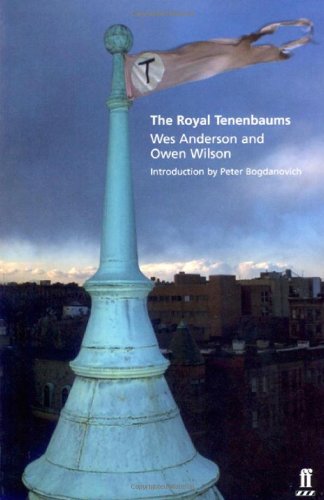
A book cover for The Royal Tenenbaums; Wes Anderson; Humor & Entertainment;